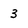
Character: 3